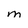
Character: M